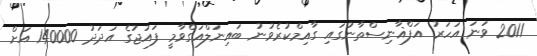
2011 ވަނަ އަހަރު އަފްޣާނިސްތާނުގައި ގާއިމްކުރެވުނު ބައިނަލްއަގްވާމީ ފައުޖުގެ އަދަދު 140000 އަށް